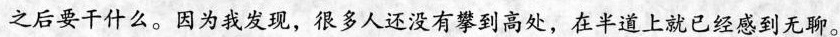
之后要干什么。因为我发现，很多人还没有攀到高处，在半道上就已经感到无聊。